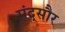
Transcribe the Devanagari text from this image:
मंद्सौर